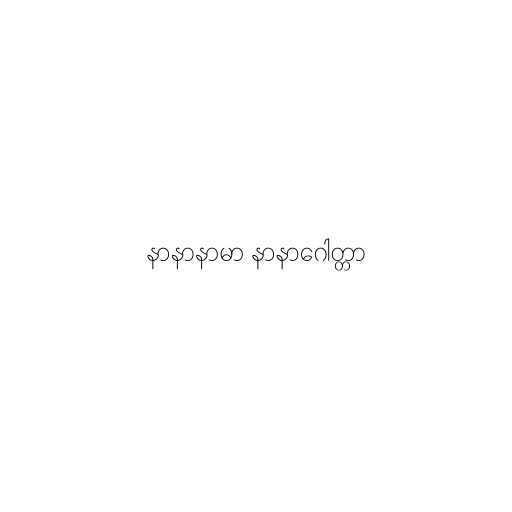
နာနာနာမာ နာနာဂေါတ္တာ